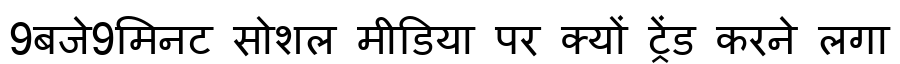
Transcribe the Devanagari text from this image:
9बजे9मिनट सोशल मीडिया पर क्यों ट्रेंड करने लगा